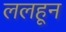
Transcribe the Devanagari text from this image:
ललहून